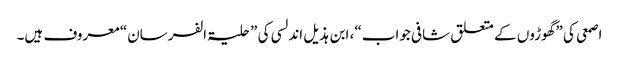
اصمعی کی ”گھوڑوں کے متعلق شافی جواب“، ابن ہذیل اندلسی کی ”حلیۃ الفرسان“ معروف ہیں۔